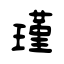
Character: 瑾